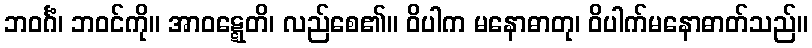
ဘဝင်္ဂံ၊ ဘဝင်ကို။ အာဝဋ္ဋေတိ၊ လည်စေ၏။ ဝိပါက မနောဓာတု၊ ဝိပါက်မနောဓာတ်သည်။